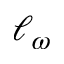
\ell _ { \omega }